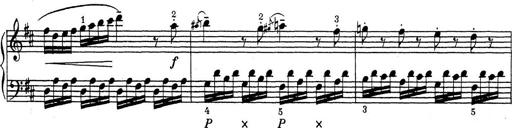
Title: ÄŒeskÃ© Sonatiny
Composer: Various